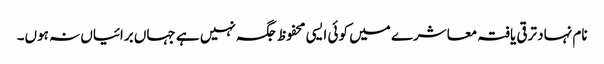
نام نہاد ترقی یافتہ معاشرے میں کوئی ایسی محفوظ جگہ نہیں ہے جہاں برائیاں نہ ہوں۔